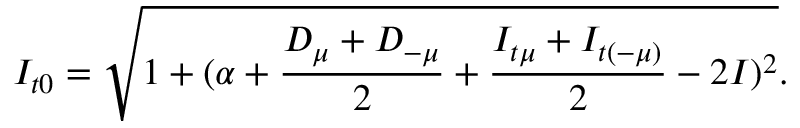
I _ { t 0 } = \sqrt { 1 + ( \alpha + \frac { D _ { \mu } + D _ { - \mu } } { 2 } + \frac { I _ { t \mu } + I _ { t ( - \mu ) } } { 2 } - 2 I ) ^ { 2 } } .